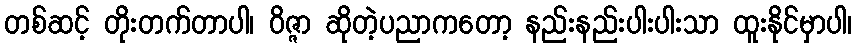
တစ်ဆင့် တိုးတက်တာပါ၊ ဝိဇ္ဇာ ဆိုတဲ့ပညာကတော့ နည်းနည်းပါးပါးသာ ထူးနိုင်မှာပါ၊